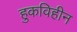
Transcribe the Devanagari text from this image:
हुकविहीन